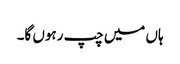
ہاں میں چپ رہوں گا۔